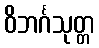
ဝိဘင်္ဂသုတ္တ